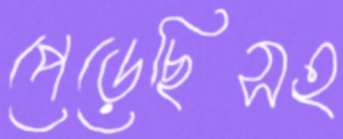
পেড়েছিসহ